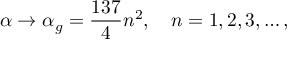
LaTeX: \alpha \to \alpha _ { g } = { \frac { 1 3 7 } { 4 } } n ^ { 2 } , \quad n = 1 , 2 , 3 , \dots ,